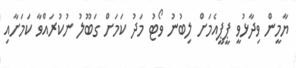
ޔާމީން ވިދާޅުވީ ޕީޕީއެމަށް ލިބުނު ވޯޓު މަދު ކަމަށް ގަބޫލު ނުކުރައްވާ ކަމަށާއި